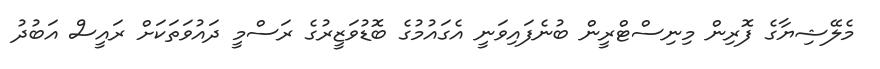
މެލޭޝިޔާގެ ފޮރިން މިނިސްޓްރީން ބުނެފައިވަނީ އެގައުމުގެ ބޮޑުވަޒީރުގެ ރަސްމީ ދައުވަތަކަށް ރައީސް އަބުދު